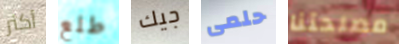
أكثر طلع جيك حلمى مصلحتنا